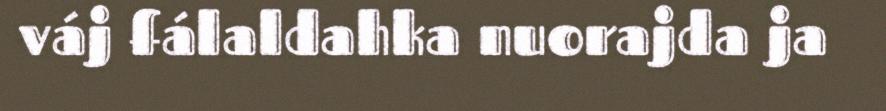
váj fálaldahka nuorajda ja